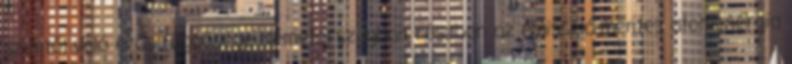
széntől való erős függősége Németországban részben az emisszió-mentes atomenergia